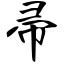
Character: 帚